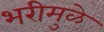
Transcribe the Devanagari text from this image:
भरीमुळे